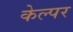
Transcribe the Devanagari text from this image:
केल्पर